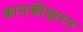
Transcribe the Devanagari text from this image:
कामक्रीड़ारत